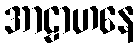
အာဠာဟနေ